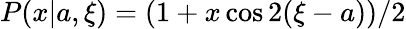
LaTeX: P(x|{a},\xi)=(1+x\cos 2(\xi-a))/2